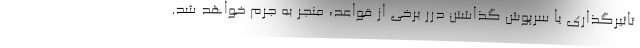
تاثیرگذاری یا سرپوش گذاشتن درر برخی از قواعد، منجر به جرم خواهد شد.